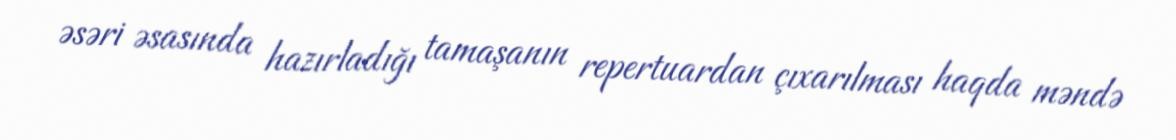
əsəri əsasında hazırladığı tamaşanın repertuardan çıxarılması haqda məndə